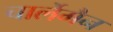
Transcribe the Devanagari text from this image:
चार्लेमैन